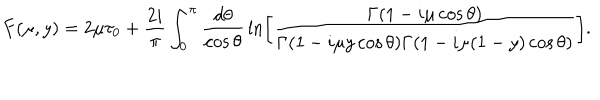
F ( \mu , y ) = 2 \mu \tau _ { 0 } + \frac { 2 i } { \pi } \int _ { 0 } ^ { \pi } \frac { d \theta } { \cos \theta } \, \ln \left[ \frac { \Gamma ( 1 - i \mu \cos \theta ) } { \Gamma ( 1 - i \mu y \cos \theta ) \Gamma ( 1 - i \mu ( 1 - y ) \cos \theta ) } \right] .